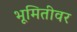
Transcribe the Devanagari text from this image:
भूमितीवर